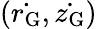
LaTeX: (\dot{r_{\mathrm{G}}},\dot{z_{\mathrm{G}}})